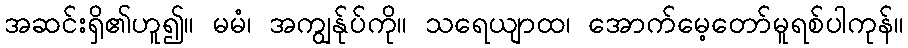
အဆင်းရှိ၏ဟူ၍။ မမံ၊ အကျွန်ုပ်ကို။ သရေယျာထ၊ အောက်မေ့တော်မူရစ်ပါကုန်။